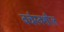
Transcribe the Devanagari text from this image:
वर्चस्वशील